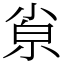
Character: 𡮂